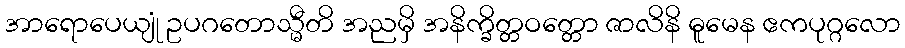
အာရောပေယျုံ ဥပဂတောသ္မီတိ အညမှိ အနိက္ခိတ္တဝတ္တော ဇာလိနိ ဓူမေန ဧကပုဂ္ဂလော